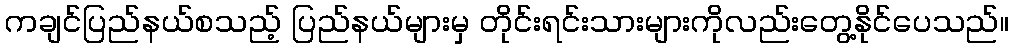
ကချင်ပြည်နယ်စသည့် ပြည်နယ်များမှ တိုင်းရင်းသားများကိုလည်းတွေ့နိုင်ပေသည်။